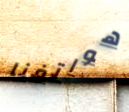
هواتفنا